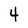
Character: 4